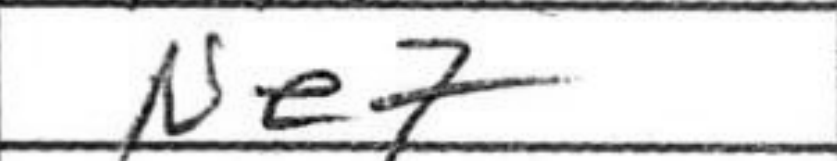
Transcription: Ne7